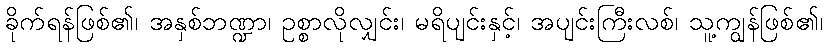
ခိုက်ရန်ဖြစ်၏၊ အနှစ်ဘဏ္ဍာ၊ ဥစ္စာလိုလျှင်း၊ မရိပျင်းနှင့်၊ အပျင်းကြီးလစ်၊ သူ့ကျွန်ဖြစ်၏၊